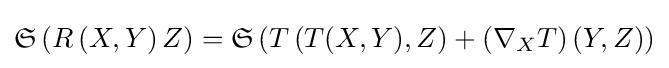
{\mathfrak {S}}\left(R\left(X,Y\right)Z\right)={\mathfrak {S}}\left(T\left(T(X,Y),Z\right)+\left(\nabla _{X}T\right)\left(Y,Z\right)\right)